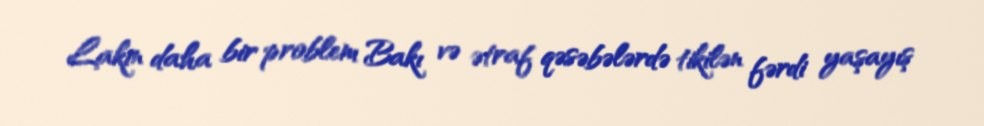
Lakin daha bir problem Bakı və ətraf qəsəbələrdə tikilən fərdi yaşayış